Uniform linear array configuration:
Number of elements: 12
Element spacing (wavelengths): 0.75
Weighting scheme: hann
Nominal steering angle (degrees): -60
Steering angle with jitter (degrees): -59.339
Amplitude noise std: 0.05
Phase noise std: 0.05

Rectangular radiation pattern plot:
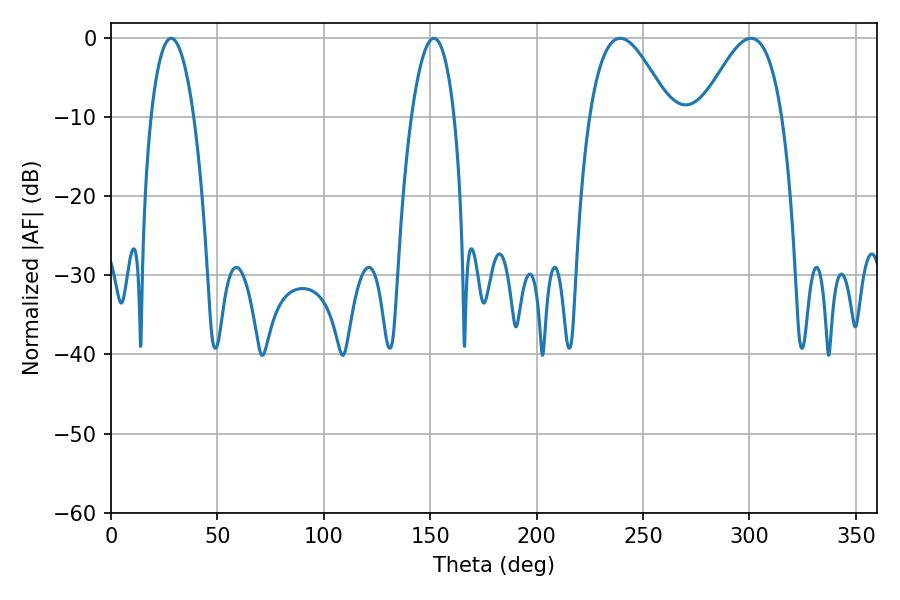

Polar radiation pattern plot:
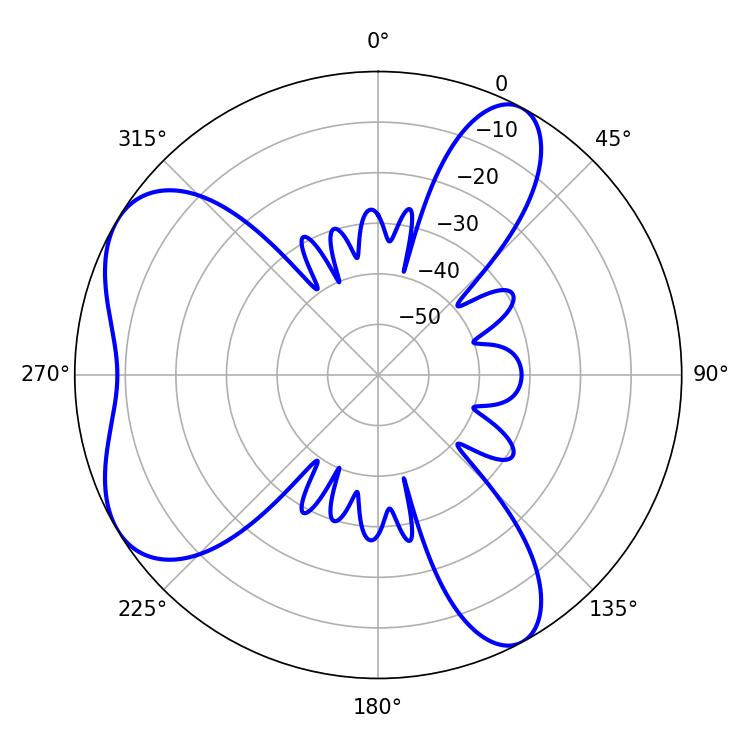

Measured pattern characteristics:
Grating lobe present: TRUE
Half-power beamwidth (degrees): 11.16
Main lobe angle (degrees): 28.26